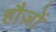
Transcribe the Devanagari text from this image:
हौज़ों